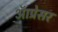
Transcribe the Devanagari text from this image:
ऑप्रेसर